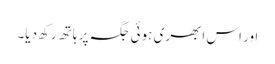
اور اس ابھری ہوئی جگہ پر ہاتھ رکھ دیا۔